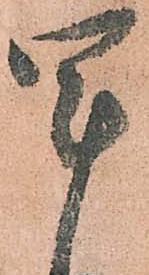
軍